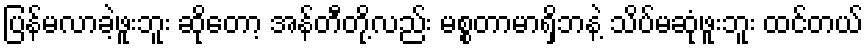
ပြန်မလာခဲ့ဖူးဘူး ဆိုတော့ အန်တီတို့လည်း မစ္စတာမာရှိဘနဲ့ သိပ်မဆုံဖူးဘူး ထင်တယ်